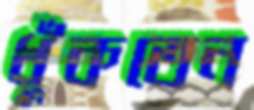
ধুঁকতেন